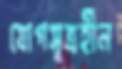
যোগসূত্রহীন